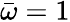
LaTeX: \bar{\omega}=1